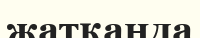
жатқанда